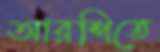
আরশিতে